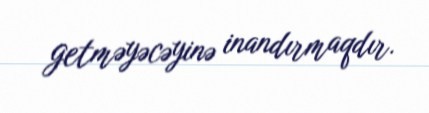
getməyəcəyinə inandırmaqdır.